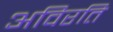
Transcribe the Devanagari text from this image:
अविरति